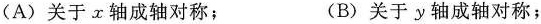
(A)关于x轴成轴对称； (B)关于y轴成轴对称；